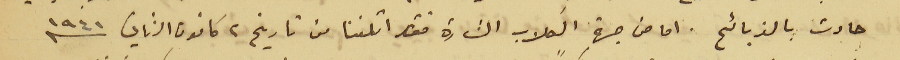
حادث بالذبائح. اما من جهة الكلاب الشاردة فقد اتلفنا من تاريخ ٢ كانون الثاني سنه ١٩٤١